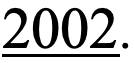
2002.